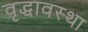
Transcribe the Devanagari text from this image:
वृद्धावस्‍था